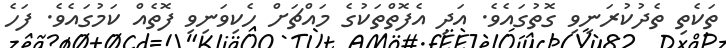
ތަކެތި ތެދުކުރަނިވި ގޮތުގައެވެ. އަދި އެފޮތްތަކުގެ މައްޗަށް ހެކިވަނިވި ފޮތެއް ކަމުގައެވެ. ފަހެ